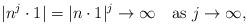
LaTeX: \begin{align*} |n^j \cdot 1| = |n \cdot 1|^j \to \infty \quad\hbox{as } j \to \infty,\end{align*}